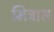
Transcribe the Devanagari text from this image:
मित्रास